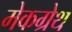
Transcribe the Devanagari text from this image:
मेकग्रेथ